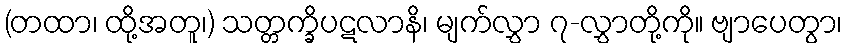
(တထာ၊ ထို့အတူ၊) သတ္တက္ခိပဋလာနိ၊ မျက်လွှာ ၇-လွှာတို့ကို။ ဗျာပေတွာ၊